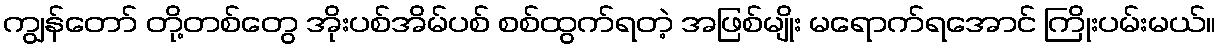
ကျွန်တော် တို့တစ်တွေ အိုးပစ်အိမ်ပစ် စစ်ထွက်ရတဲ့ အဖြစ်မျိုး မရောက်ရအောင် ကြိုးပမ်းမယ်။